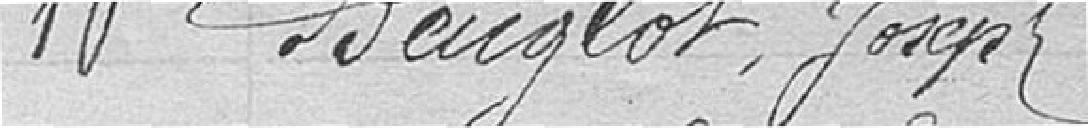
10. Beuglot, Joseph